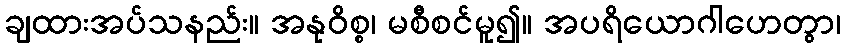
ချထားအပ်သနည်း။ အနုဝိစ္စ၊ မစီစင်မူ၍။ အပရိယောဂါဟေတွာ၊